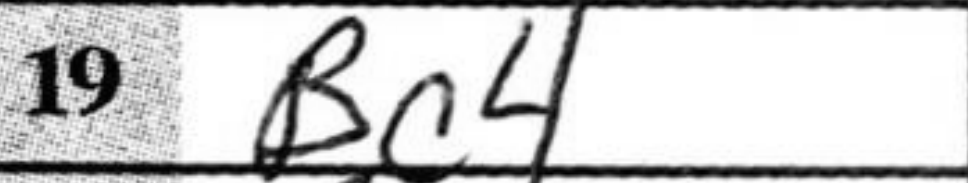
Transcription: Bc4